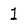
Character: 1